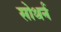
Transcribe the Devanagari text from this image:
सोथर्न